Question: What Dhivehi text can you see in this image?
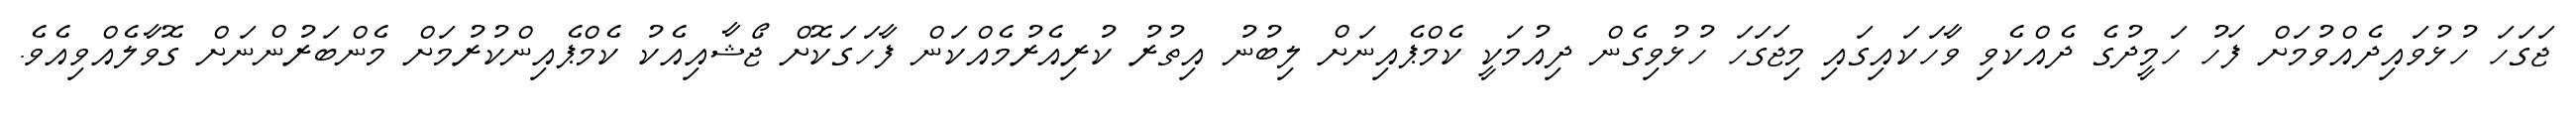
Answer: ޖަގަހަ ހުޅުވައިދެއްވުމަށް ފަހު ހަމީދުގެ ދެއްކެވި ވާހަކައިގައި މިޖަގަހަ ހުޅުވިގެން ދިއުމަކީ ކެމްޕެއިނަށް ލިބުނު އިތުރު ކުރިއެރުމެއްކަން ފާހަގަކޮށް ޖޯޝާއިއެކު ކެމްޕެއިންކުރުމަށް މެންބަރުންނަށް ގޮވާލެއްވިއެވެ.